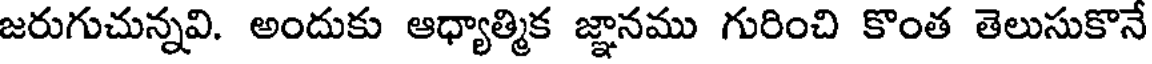
జరుగుచున్నవి. అందుకు ఆధ్యాత్మిక జ్ఞానము గురించి కొంత తెలుసుకొనే